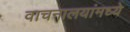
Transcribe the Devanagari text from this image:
वाचनालयांमध्ये